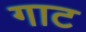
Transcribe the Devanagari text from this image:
गाट